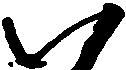
ハ